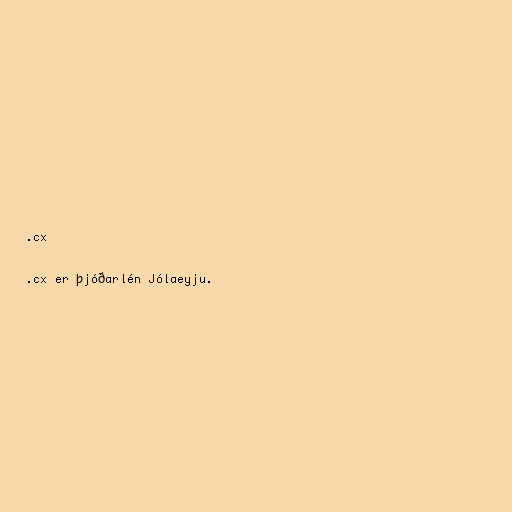
.cx

.cx er þjóðarlén Jólaeyju.